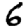
Digit: 6